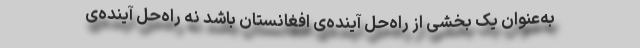
به‌عنوان یک بخشی از راه‌حل آینده‌ی افغانستان باشد نه راه‌حل آینده‌ی